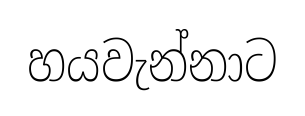
හයවැන්නාට